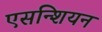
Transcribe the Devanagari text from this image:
एसन्शियन